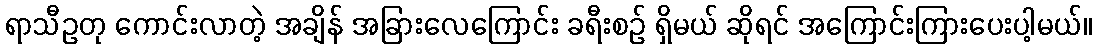
ရာသီဥတု ကောင်းလာတဲ့ အချိန် အခြားလေကြောင်း ခရီးစဉ် ရှိမယ် ဆိုရင် အကြောင်းကြားပေးပါ့မယ်။